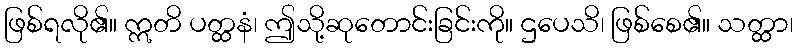
ဖြစ်ရလို၏။ ဣတိ ပတ္ထနံ၊ ဤသို့ဆုတောင်းခြင်းကို။ ဌပေသိ၊ ဖြစ်စေ၏။ သတ္ထာ၊